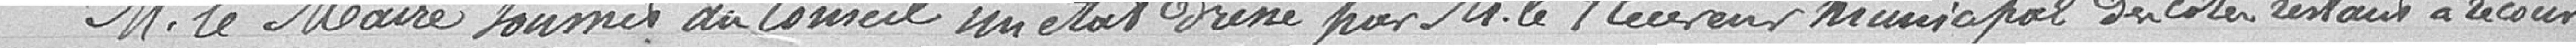
Monsieur le Maire soumet au Conseil un état mené par Monsieur le Receveur municipal des cotes restant à recouvrer